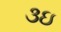
૩ઇ